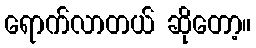
ရောက်လာတယ် ဆိုတော့။